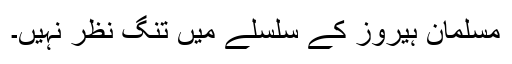
مسلمان ہیروز کے سلسلے میں تنگ نظر نہیں۔